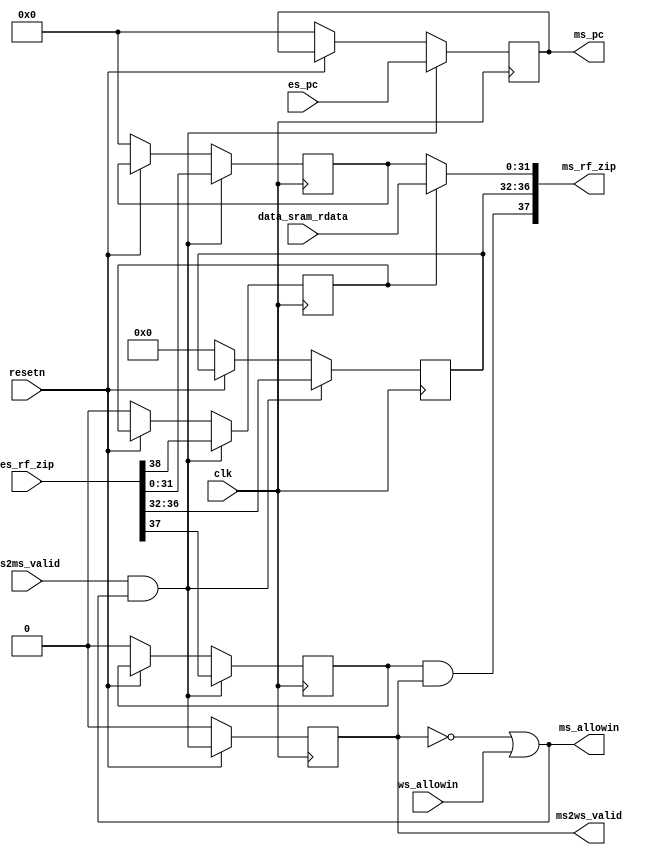
module MEMreg(
    input  wire        clk,
    input  wire        resetn,
    // ex and mem state interface
    output wire        ms_allowin,
    input  wire        es2ms_valid,
    input  wire [31:0] es_pc,
    input  wire [38:0] es_rf_zip,   // {ex_rf_we, ex_rf_waddr}
    // mem and wb state interface
    output wire [37:0] ms_rf_zip,   // {mem_rf_we, mem_rf_waddr, mem_rf_wdata}
    output wire        ms2ws_valid,
    output reg  [31:0] ms_pc,    
    input  wire        ws_allowin,
    // data sram interface
    input  wire [31:0] data_sram_rdata
);
wire        ms_ready_go;
reg         ms_valid;
reg  [31:0] ms_alu_result ; 
reg         ms_res_from_mem;
reg         ms_rf_we      ;
reg  [4 :0] ms_rf_waddr   ;
wire [31:0] ms_rf_wdata   ;
wire [31:0] ms_mem_result ;


//------------------------------state control signal---------------------------------------
    assign ms_ready_go     = 1'b1;
    assign ms_allowin      = ~ms_valid | ms_ready_go & ws_allowin;     
    assign ms2ws_valid  = ms_valid & ms_ready_go;
    always @(posedge clk) begin
        if(~resetn)
            ms_valid <= 1'b0;
        else
            ms_valid <= es2ms_valid & ms_allowin; 
    end


//------------------------------es and ms state interface---------------------------------------
always @(posedge clk) begin
    if(~resetn) begin
        ms_pc <= 32'b0;
        {ms_res_from_mem, ms_rf_we, ms_rf_waddr, ms_alu_result} <= 39'b0;
    end
    if(es2ms_valid & ms_allowin) begin
        ms_pc <= es_pc;
        {ms_res_from_mem, ms_rf_we, ms_rf_waddr, ms_alu_result} <= es_rf_zip;
    end
end


//--------------------------data sram interface--------------------------
assign ms_mem_result = data_sram_rdata;


//--------------------------ms and ws state--------------------------
assign ms_rf_wdata = ms_res_from_mem ? ms_mem_result : ms_alu_result;
assign ms_rf_zip  = {ms_rf_we & ms_valid, ms_rf_waddr, ms_rf_wdata};


endmodule